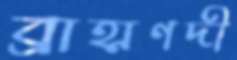
ব্রাহ্মণদী